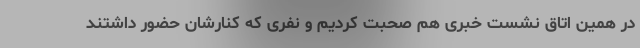
در همین اتاق نشست خبری هم صحبت کردیم و نفری که کنارشان حضور داشتند